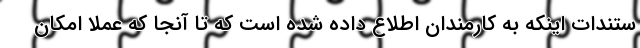
ستندات اینکه به کارمندان اطلاع داده شده است که تا آنجا که عملا امکان